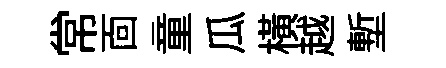
常靣童瓜橫越塹